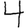
Digit: 4